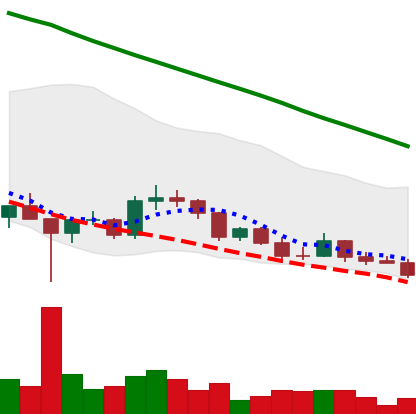
Ticker: DOGE-USD
Chart end date: 2022-03-13
Forward return: 6.897%
Label: up_5_7